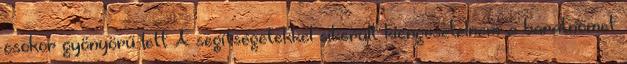
csokor gyönyörű lett A segítségetekkel sikerült kiengesztelnem a barátnőmet